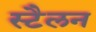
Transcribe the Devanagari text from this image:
स्टैलन